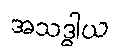
အသဒ္ဓါယ